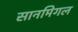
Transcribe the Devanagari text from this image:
सानमिगल